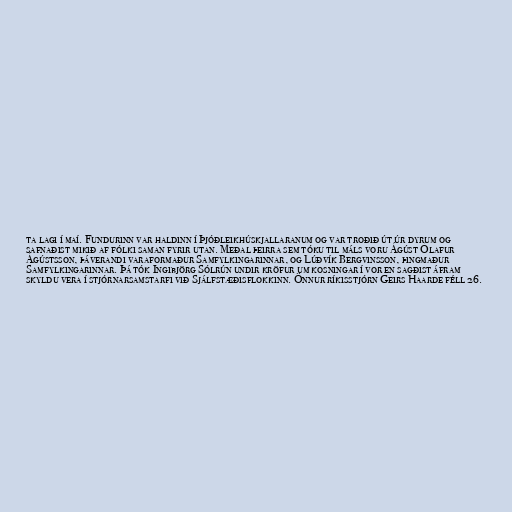
ta lagi í maí. Fundurinn var haldinn í Þjóðleikhúskjallaranum og var troðið út úr dyrum og
safnaðist mikið af fólki saman fyrir utan. Meðal þeirra sem tóku til máls voru Ágúst Ólafur
Ágústsson, þáverandi varaformaður Samfylkingarinnar, og Lúðvík Bergvinsson, þingmaður
Samfylkingarinnar. Þá tók Ingibjörg Sólrún undir kröfur um kosningar í vor en sagðist áfram
skyldu vera í stjórnarsamstarfi við Sjálfstæðisflokkinn. Önnur ríkisstjórn Geirs Haarde féll 26.